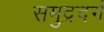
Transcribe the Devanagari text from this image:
समुद्रदर्ग